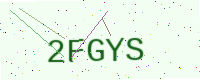
Text: 2FGYS